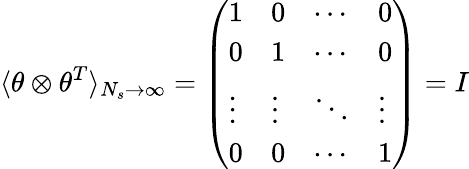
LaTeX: \langle\theta\otimes\theta^{T}\rangle_{N_{s}\to\infty}=\left(\begin{array}{llll}{1}&{0}&{\cdots}&{0}\\ {0}&{1}&{\cdots}&{0}\\ {\vdots}&{\vdots}&{\ddots}&{\vdots}\\ {0}&{0}&{\cdots}&{1}\end{array}\right)=I